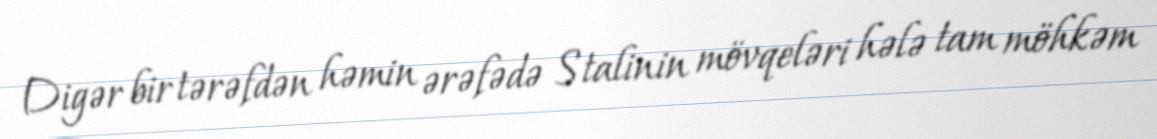
Digər bir tərəfdən həmin ərəfədə Stalinin mövqeləri hələ tam möhkəm